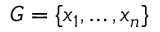
G = \{ x _ { 1 } , \ldots , x _ { n } \}